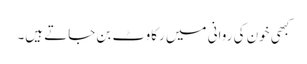
کبھی خون کی روانی میں رکاوٹ بن جاتے ہیں۔